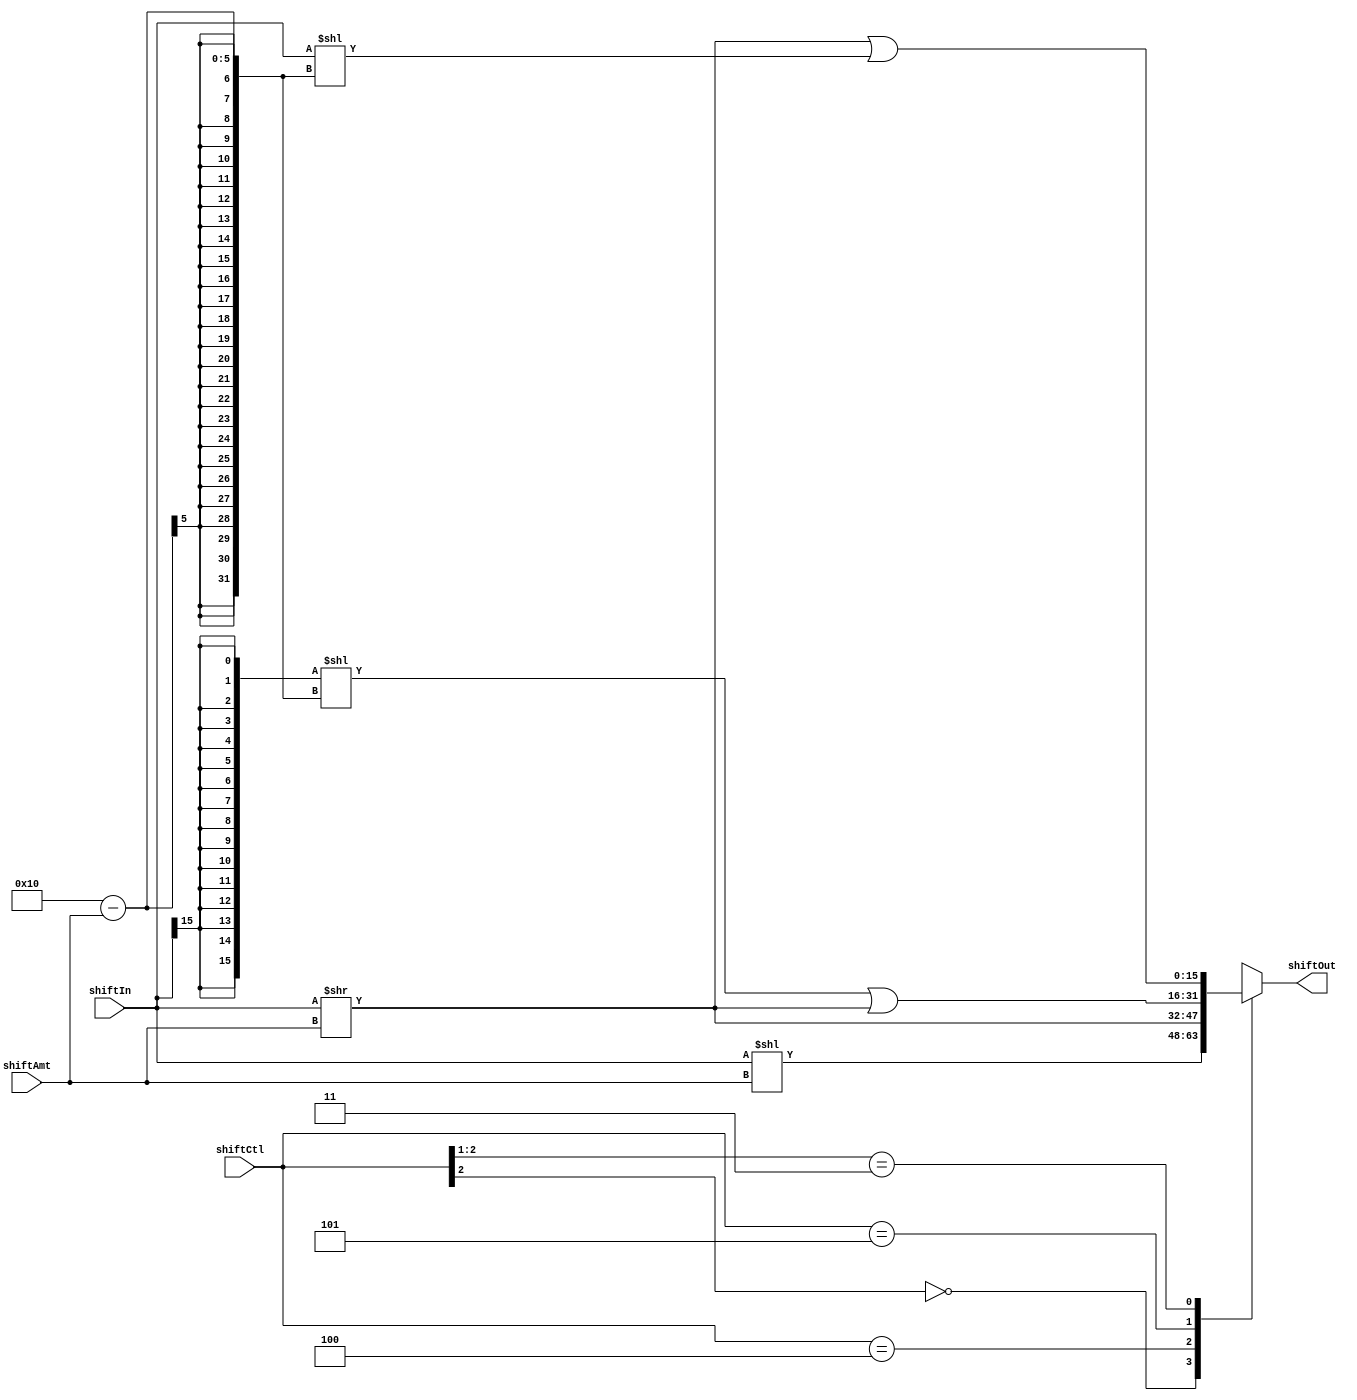
/*
 * shifter: 16-bit barrel shifter for SimpleCore. 
 *
 * Copyright (c) 2001. Integrated Computer Systems Lab., KAIST
 * All rights reserved.
 *
 * Source: shifter.v
 */

module	shifter(
	shiftIn,
	shiftAmt, 
	shiftCtl,
	shiftOut
);

input	[15:0]	shiftIn;  // shifter input
input	[ 3:0]	shiftAmt; // shift amount
input	[ 2:0]	shiftCtl; // control input {left/right, arith/logic, rotate}
output	[15:0]	shiftOut; // shifter output

reg	[15:0]	shiftOut;

always @ (shiftIn or shiftAmt or shiftCtl)
begin
	casex(shiftCtl)
		3'b0?? : // LSL (logical shift left)
			shiftOut = shiftIn << shiftAmt; 
		3'b100 : // LSR (logical shift right)
			shiftOut = shiftIn >> shiftAmt; 
		3'b101 : // ASR (arithmetic shift right)
			shiftOut = ({16{shiftIn[15]}}<<(16-shiftAmt)) | (shiftIn >> shiftAmt); 
		3'b11? : // ROR (rotate right)
			shiftOut = (shiftIn >> shiftAmt) | (shiftIn << (16-shiftAmt)); 
	endcase
end

endmodule
/*
module shifter_test;

reg	[15:0]	shiftIn;
reg	[ 3:0]	shiftAmt;
reg	[ 2:0]	shiftCtl; // {left/right, arith/logic, ror}
wire	[15:0]	shiftOut;

shifter shifter(
	shiftIn,
	shiftAmt, 
	shiftCtl,
	shiftOut
);

initial
begin
	$monitor("%b %b %b %b", shiftIn, shiftAmt, shiftCtl, shiftOut);
	shiftIn = 16'hffff;
	shiftAmt = 0;
	shiftCtl = 3'b0;
#10
	shiftIn = 16'h3c3c;
	shiftAmt = 3;
	shiftCtl = 3'b001;
#10
	$finish;
end

endmodule
*/